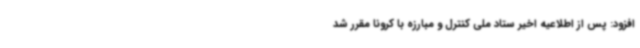
افزود: پس از اطلاعیه اخیر ستاد ملی کنترل و مبارزه با کرونا مقرر شد